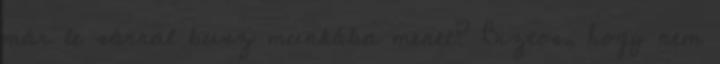
már le sárral busz munkába menet? Biztos, hogy nem